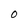
Character: O